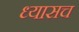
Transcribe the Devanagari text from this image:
ध्यासच